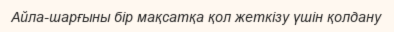
Айла-шарғыны бір мақсатқа қол жеткізу үшін қолдану